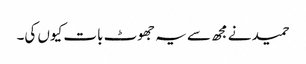
حمید نے مجھ سے یہ جھوٹ بات کیوں کی۔